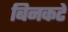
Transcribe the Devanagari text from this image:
बिनकटे